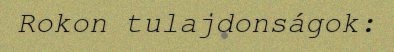
Rokon tulajdonságok: